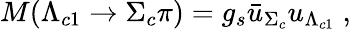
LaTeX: M(\Lambda_{c1}\to\Sigma_{c}\pi)=g_{s}{\bar{u}}_{\Sigma_{c}}u_{\Lambda_{c1}}\; ,